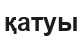
қатуы